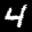
Label: 4